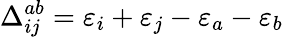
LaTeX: \Delta_{ij}^{ab}=\varepsilon_{i}+\varepsilon_{j}-\varepsilon_{a}-\varepsilon_{b}